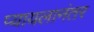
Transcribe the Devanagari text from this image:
प्यायलानंतर